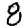
Digit: 8